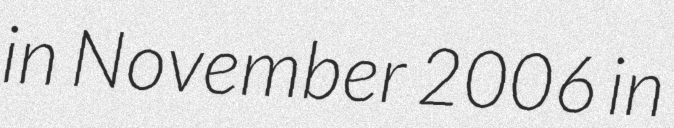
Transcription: in November 2006 in